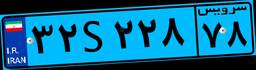
۳۱S۲۷۴۷۱